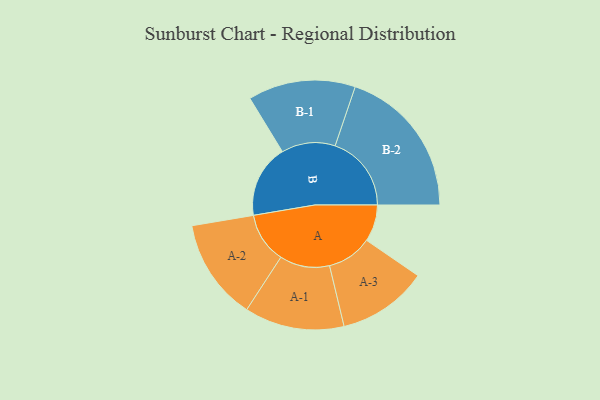
{"axis": {"x": "Segment", "y": "Value"}, "legend": ["", "A", "B"], "data": [{"x": "A", "y": 144, "type": ""}, {"x": "B", "y": 285, "type": ""}, {"x": "A-1", "y": 195, "type": "A"}, {"x": "A-2", "y": 198, "type": "A"}, {"x": "A-3", "y": 176, "type": "A"}, {"x": "B-1", "y": 210, "type": "B"}, {"x": "B-2", "y": 298, "type": "B"}]}